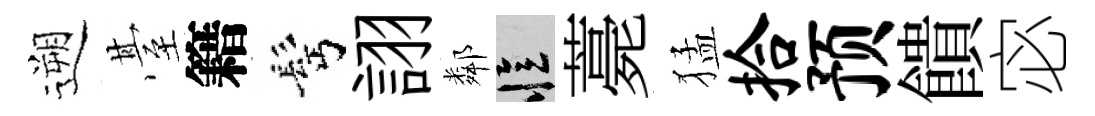
遡䑓籍髩詡鄰忆薧猛拾预饋宓